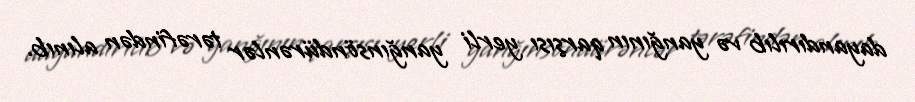
dayandırılıb və yanğının qarşısı yerli yanğınsöndürənlər tərəfindən alınıb.